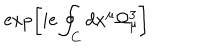
\exp \left[ i e \oint _ { C } d x ^ { \mu } \Omega _ { \mu } ^ { 3 } \right]